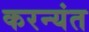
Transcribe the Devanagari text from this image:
करन्यंत